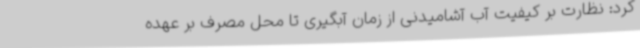
کرد: نظارت بر کیفیت آب آشامیدنی از زمان آبگیری تا محل مصرف بر عهده